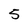
Character: 5